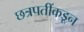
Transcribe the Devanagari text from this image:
छत्रपतींकडून